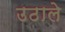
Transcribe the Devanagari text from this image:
उठाले